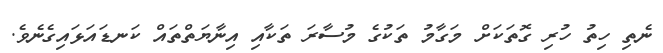
ނެތި ހިތު ހުރި ގޮތަކަށް މަގާމު ތަކުގެ މުސާރަ ތަކާއި އިނާޔަތްތައް ކަނޑައަޅައިގެނެވެ.